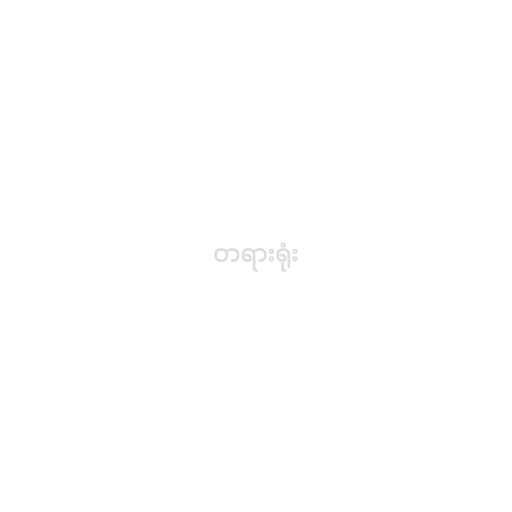
တရားရုံး